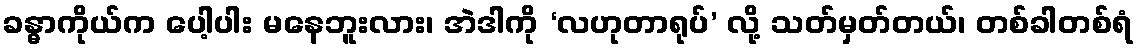
ခန္ဓာကိုယ်က ပေါ့ပါး မနေဘူးလား၊ အဲဒါကို ‘လဟုတာရုပ်’ လို့ သတ်မှတ်တယ်၊ တစ်ခါတစ်ရံ